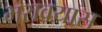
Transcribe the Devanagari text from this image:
भरावयास